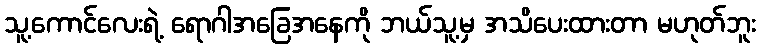
သူ့ကောင်လေးရဲ့ ရောဂါအခြေအနေကို ဘယ်သူ့မှ အသိပေးထားတာ မဟုတ်ဘူး